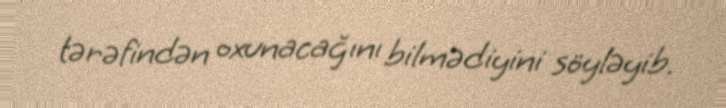
tərəfindən oxunacağını bilmədiyini söyləyib.